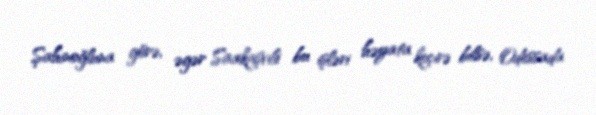
Şahinoğluna görə, əgər Saakaşvili bu işləri həyata keçirə bilsə, Odessada